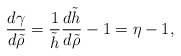
\begin{align*} \frac{d\gamma}{d\tilde{\rho}}=\frac{1}{\tilde{h}}\frac{d\tilde{h}}{d\tilde{\rho}}-1=\eta-1,\end{align*}